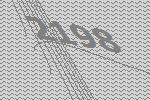
2198